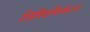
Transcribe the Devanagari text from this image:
लिक्विफिकेशन